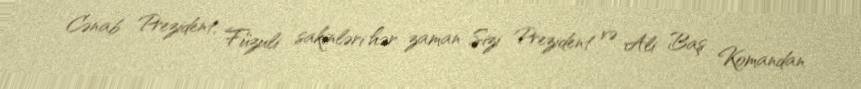
Cənab Prezident, Füzuli sakinləri hər zaman Sizi Prezident və Ali Baş Komandan